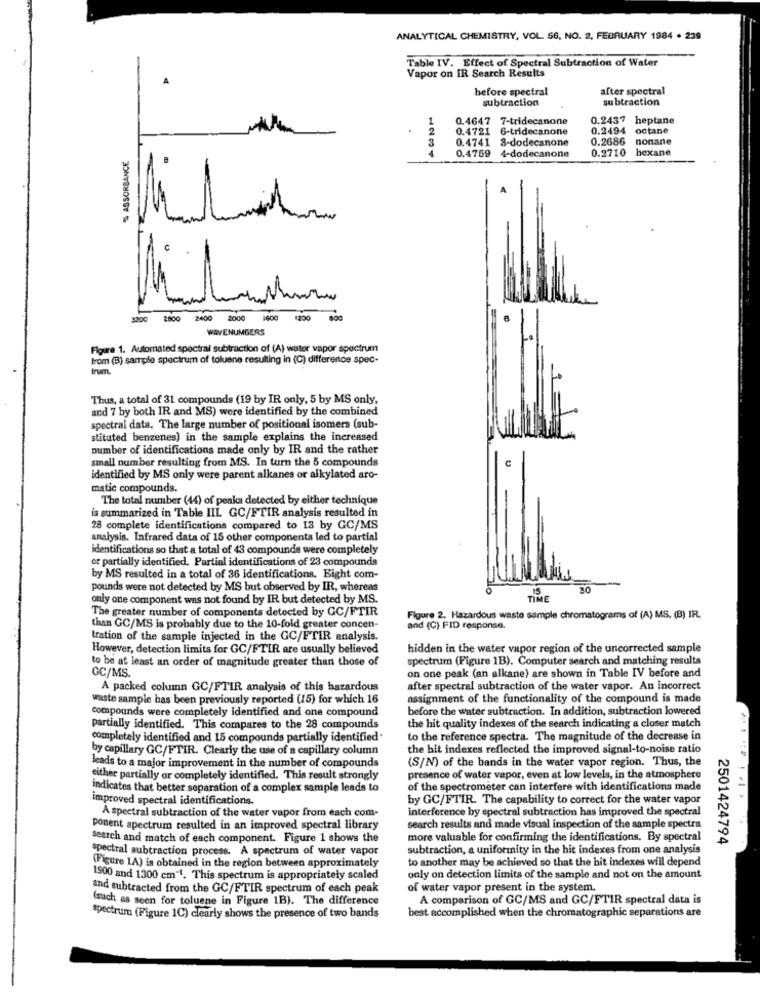
ANALYTICAL CHEMISTRY, VOL. 56, NO. 2, FEBRUARY 1984 . 239
Table IV. Effect of Spectral Subtraction of Water
Vapor on IR Search Results
before spectral
after spectral
subtraction
subtraction
0.4647 7-tridecanone
0.2437 heptane
0.4721 6-tridecanone
0.2494 octane
3
0.4741 8-dodecanone
0.2686
nonane
% ABSORBANCE
4
0.4759
4-dodecanone
0.2710 hexane
3200
2800 2400 2000
1400
1200 800
WAVENUMBERS
Figure 1. Automated spectral subtraction of (A) water vapor spectrum
from (B) sample spectrum of toluene resulting in (C) difference spec-
trum.
Thus, a total of 31 compounds (19 by IR only, 5 by MS only,
and 7 by both IR and MS) were identified by the combined
spectral data, The large number of positional isomers (sub-
stituted benzenes) in the sample explains the increased
number of identifications made only by IR and the rather
small number resulting from MS. In turn the 5 compounds
identified by MS only were parent alkanes or alkylated aro-
matic compounds.
The total number (44) of peaks detected by either technique
is summarized in Table IIL GC/FTIR analysis resulted in
28 complete identifications compared to 13 by GC/MS
analysis. Infrared data of 15 other components led to partial
identifications so that a total of 43 compounds were completely
or partially identified. Partial identifications of 23 compounds
by MS resulted in a total of 36 identifications. Eight com-
pounds were not detected by MS but observed by IR, whereas
20
only one component was not found by IR but detected by MS.
TIME
The greater number of components detected by GC/FTIR
Figure 2. Hazardous waste sample chromatograms of (A) MS, (B) IR.
than GC/MS is probably due to the 10-fold greater concen-
and (C) FID response.
tration of the sample injected in the GC/FTIR analysis.
However, detection limits for GC/FTIR are usually believed
hidden in the water vapor region of the uncorrected sample
to be at least an order of magnitude greater than those of
spectrum (Figure 1B). Computer search and matching results
GC/MS.
on one peak (an alkane) are shown in Table IV before and
A packed column GC/FTIR analysis of this hazardous
after spectral subtraction of the water vapor. An incorrect
waste sample has been previously reported (15) for which 16
assignment of the functionality of the compound is made
compounds were completely identified and one compound
before the water subtraction. In addition, subtraction lowered
partially identified. This compares to the 28 compounds
the hit quality indexes of the search indicating a closer match
completely identified and 15 compounds partially identified.
to the reference spectra. The magnitude of the decrease in
by capillary GC/FTIR. Clearly the use of a capillary column
the hit indexes reflected the improved signal-to-noise ratio
(S/N) of the bands in the water vapor region. Thus, the
leads to a major improvement in the number of compounds
either partially or completely identified. This result strongly
presence of water vapor, even at low levels, in the atmosphere
indicates that better separation of a complex sample leads to
of the spectrometer can interfere with identifications made
improved spectral identifications.
by GC/FTIR. The capability to correct for the water vapor
interference by spectral subtraction has improved the spectral
A spectral subtraction of the water vapor from each com-
ponent spectrum resulted in an improved spectral library
search results and made visual inspection of the sample spectra
search and match of each component. Figure 1 shows the
more valuable for confirming the identifications. By spectral
2501424794
spectral subtraction process. A spectrum of water vapor
subtraction, a uniformity in the hit indexes from one analysis
to another may be achieved so that the hit indexes will depend
(Figure 1A) is obtained in the region between approximately
1900 and 1300 cm-1. This spectrum is appropriately scaled
only on detection limits of the sample and not on the amount
and subtracted from the GC/FTIR spectrum of each peak
of water vapor present in the system.
(such as seen for toluene in Figure 1B). The difference
A comparison of GC/MS and GC/FTIR spectral data is
spectrum (Figure 1C) clearly shows the presence of two bands
best accomplished when the chromatographic separations are